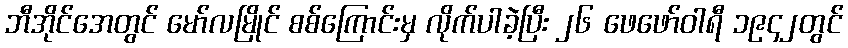
ဘီအိုင်အေတွင် မော်လမြိုင် စစ်ကြောင်းမှ လိုက်ပါခဲ့ပြီး ၂၆ ဖေဖော်ဝါရီ ၁၉၄၂တွင်